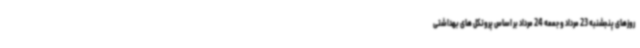
روزهای پنجشنبه 23 مرداد و جمعه 24 مرداد بر اساس پروتکل های بهداشتی